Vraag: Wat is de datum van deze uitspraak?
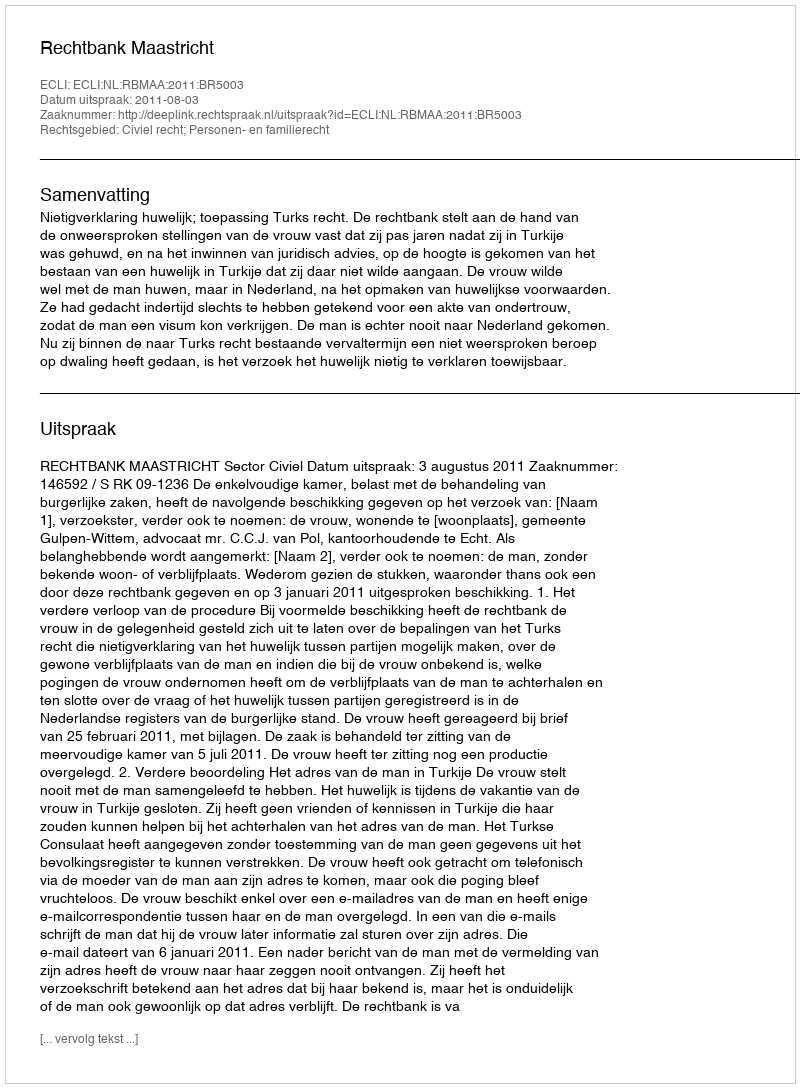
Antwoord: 2011-08-03